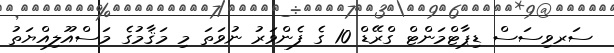
ސަރވިސަސް ޑިޕާޓްމަންޓް ގްރޭޑް 10 ގެ ފެންވަރު ނުވަތަ މި މަޤާމުގެ މަސްއޫލިއްޔަތު